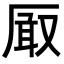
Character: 𭆐